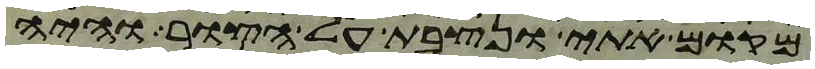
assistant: מקום אתי ונצבת על הצור והיה